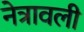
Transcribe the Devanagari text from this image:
नेत्रावली